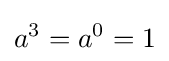
a^{3}=a^{0}=1